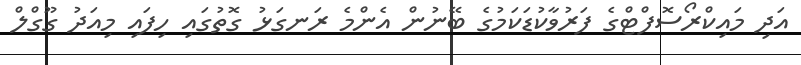
އަދި މައިކްރޯސޮފްޓްގެ ފަރުވާކުޑަކަމުގެ ބޭނުން އެންމެ ރަނގަޅު ގޮތުގައި ހިފައި މިއަދު ގޫގްލް